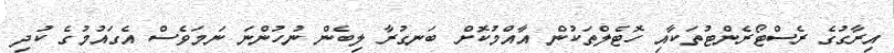
އިރާގުގެ ރެސްޓޯރެންޓުތަކާއި ހޮޓެލްތަކުން އާއްމުކޮށް ބަނގުރާ ލިބެން ނުހުންނަ ނަމަވެސް އެގައުމުގެ ކުދި